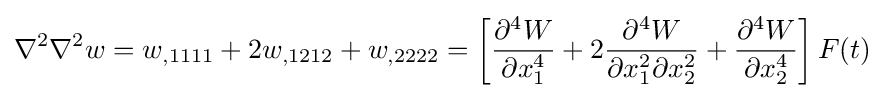
\nabla ^{2}\nabla ^{2}w=w_{,1111}+2w_{,1212}+w_{,2222}=\left[{\frac {\partial ^{4}W}{\partial x_{1}^{4}}}+2{\frac {\partial ^{4}W}{\partial x_{1}^{2}\partial x_{2}^{2}}}+{\frac {\partial ^{4}W}{\partial x_{2}^{4}}}\right]F(t)